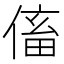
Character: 傗